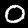
Digit: 0